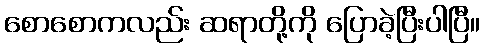
စောစောကလည်း ဆရာတို့ကို ပြောခဲ့ပြီးပါပြီ။